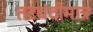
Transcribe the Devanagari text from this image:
तटबंदीमात्र